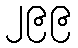
၂၉၉